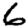
Digit: 6